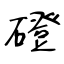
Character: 磴